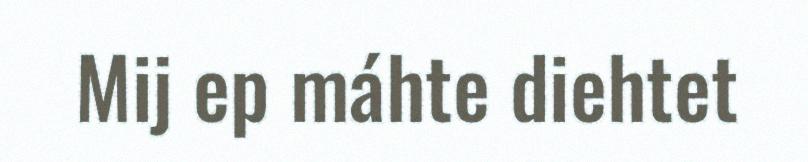
Mij ep máhte diehtet